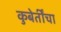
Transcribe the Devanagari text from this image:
कुबेर्तींचा